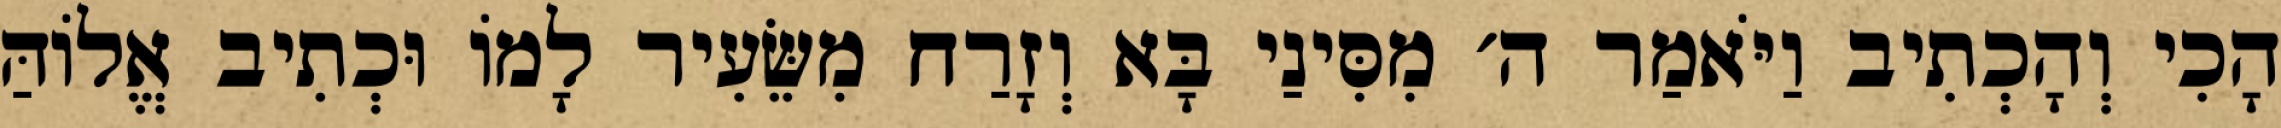
הָכִי וְהָכְתִיב וַיֹּאמַר ה׳ מִסִּינַי בָּא וְזָרַח מִשֵּׂעִיר לָמוֹ וּכְתִיב אֱלוֹהַּ